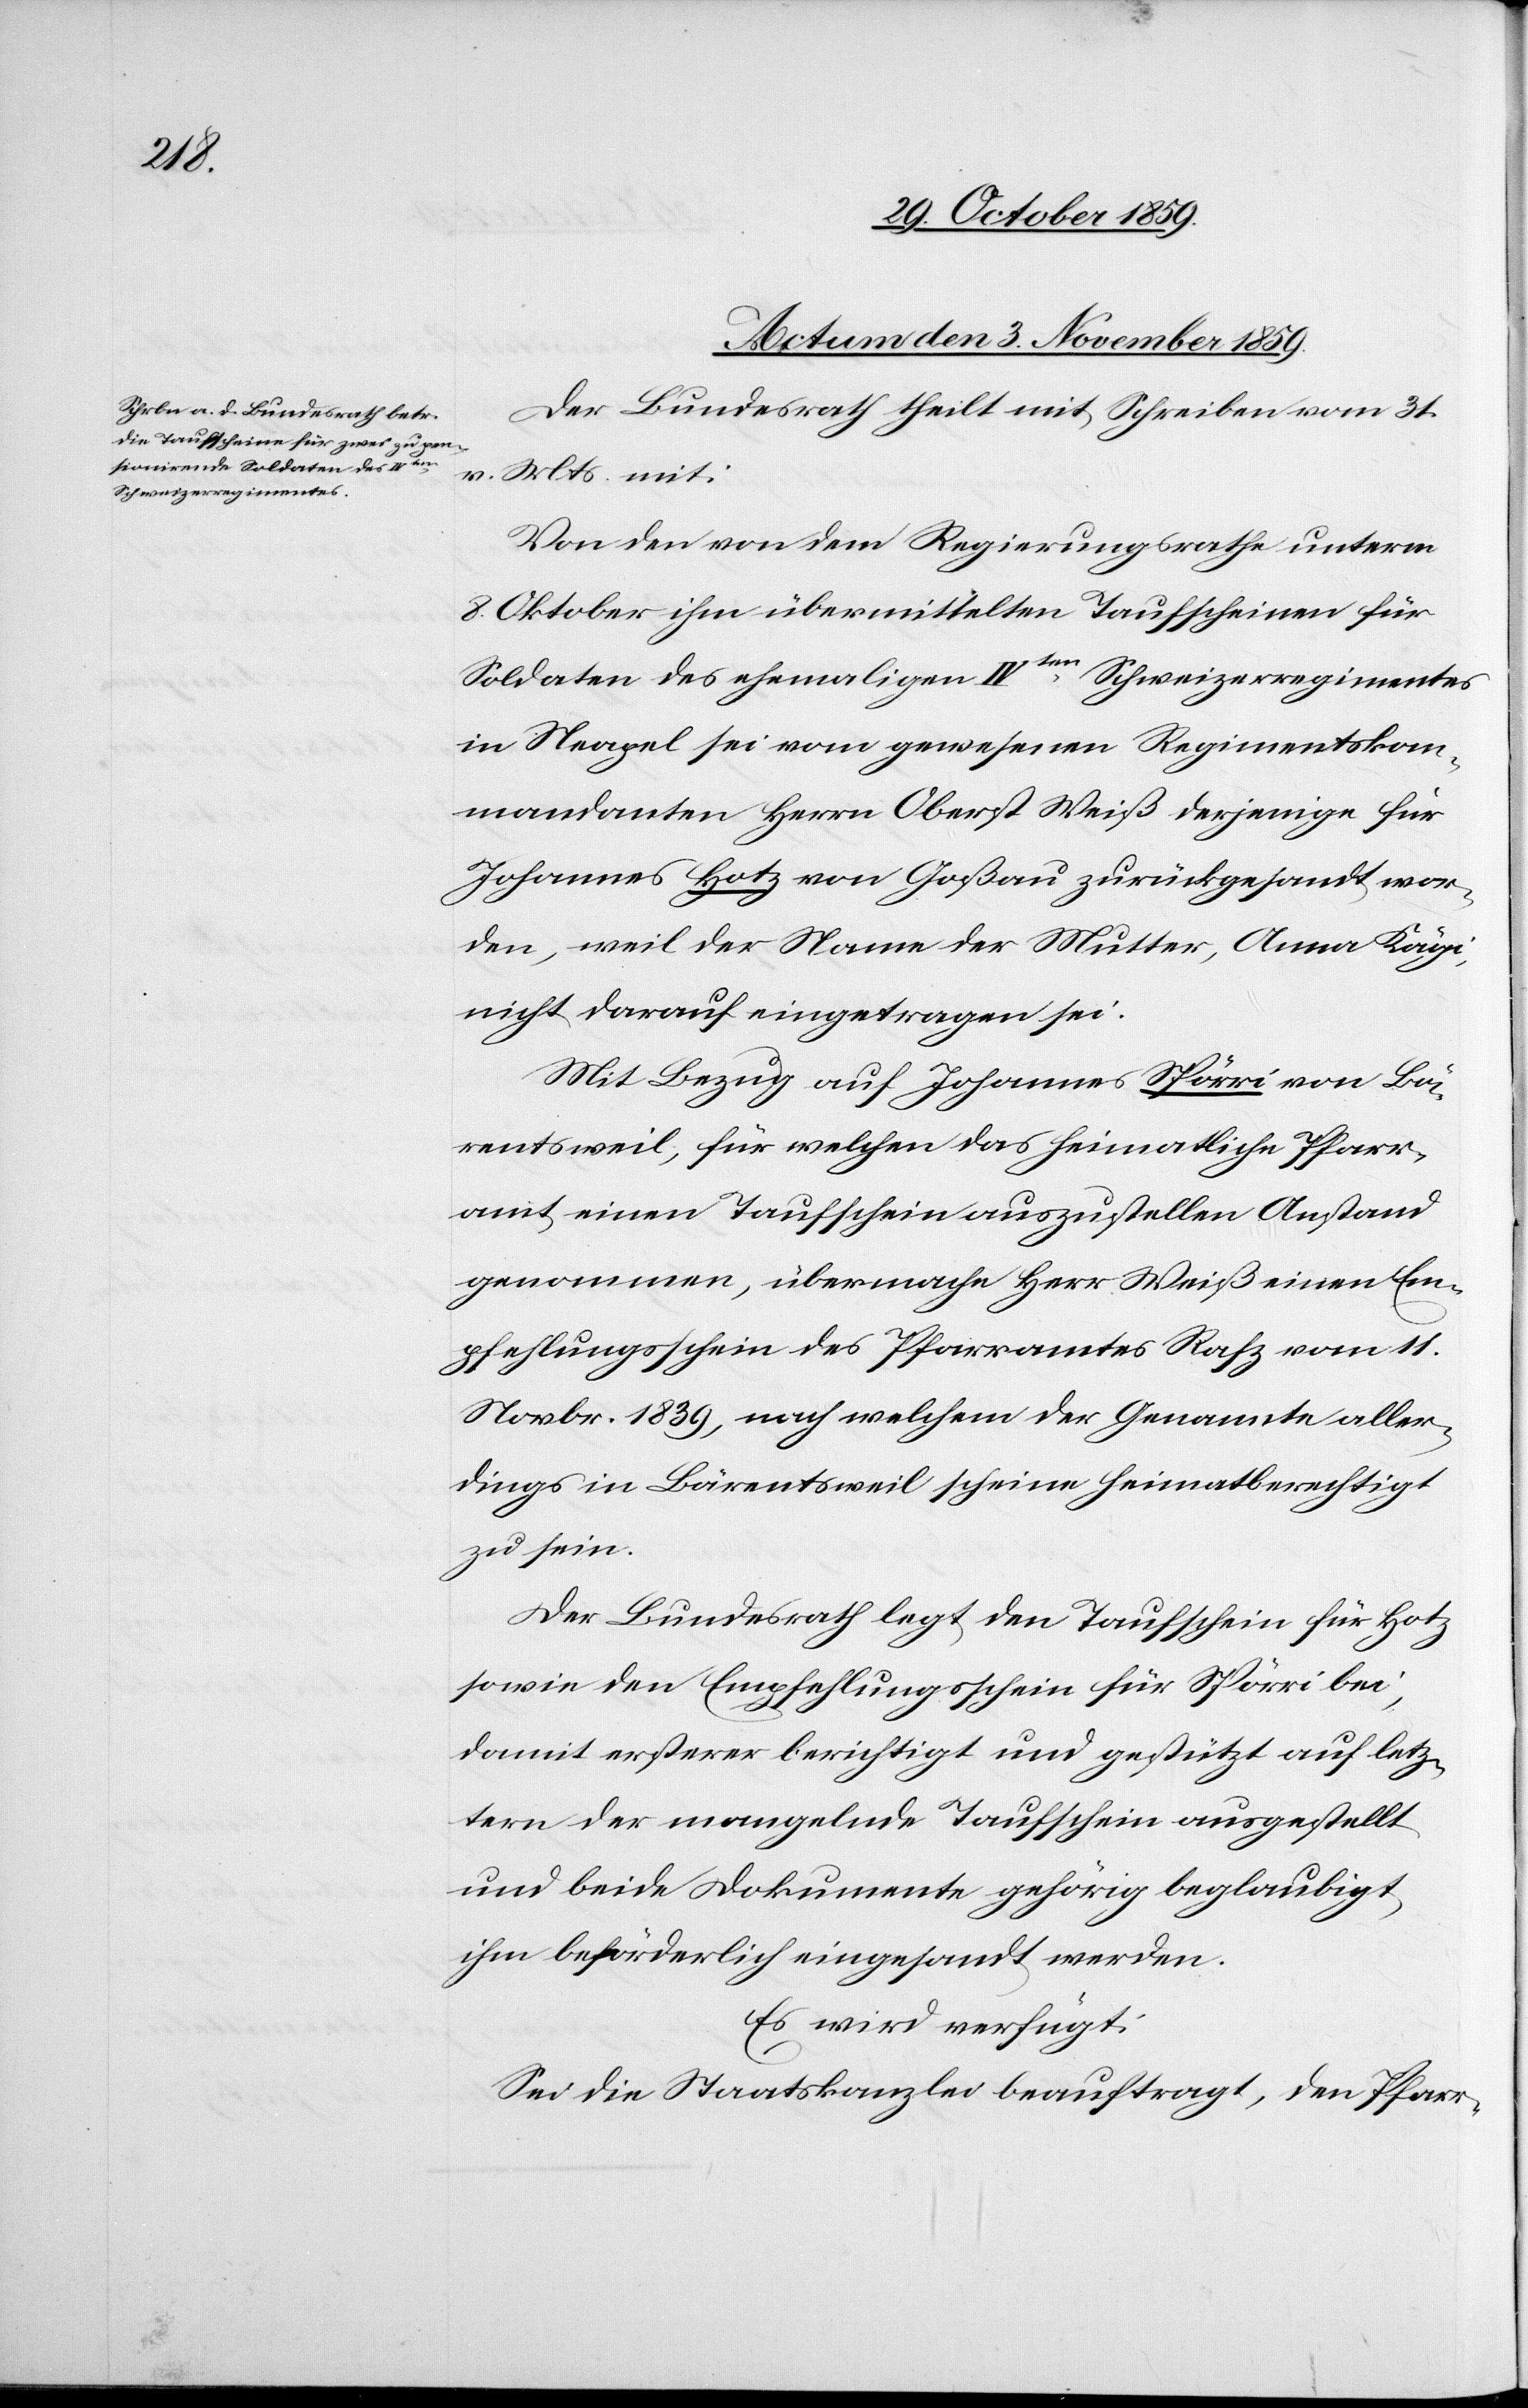
Actum den 3. November 1859.
Der Bundesrath theilt mit Schreiben vom 31.
v. Mts. mit:
Von den von dem Regierungsrathe unterm
8. Oktober ihm übermittelten Taufscheinen für
Soldaten des ehemaligen IVten Schweizerregimentes
in Neapel sei vom gewesenen Regimentskom¬
mandanten Herrn Oberst Weiß derjenige für
Johannes Hotz von Goßau zurückgesandt wor¬
den, weil der Name der Mutter, Anna Kägi,
nicht darauf eingetragen sei.
Mit Bezug auf Johannes Spörri von Bä¬
rentsweil, für welchen das heimatliche Pfarr¬
amt einen Taufschein auszustellen Anstand
genommen, übermacht Herr Weiß einen Em¬
pfehlungsschein des Pfarramtes Rafz vom 11.
Novbr. 1839, nach welchem der Genannte aller¬
dings in Bärentsweil scheine heimatberechtigt
zu sein.
Der Bundesrath legt den Taufschein für Hotz
sowie den Empfehlungsschein für Spörri bei,
damit ersterer berichtigt und gestützt auf letz¬
tern der mangelnde Taufschein ausgestellt
und beide Dokumente gehörig beglaubigt,
ihm beförderlich eingesandt werden.
Es wird verfügt:
Sei die Staatskanzlei beauftragt, den Pfarr-